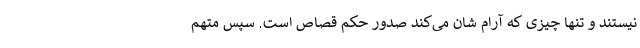
نیستند و تنها چیزی که آرام شان می‌کند صدور حکم قصاص است. سپس متهم